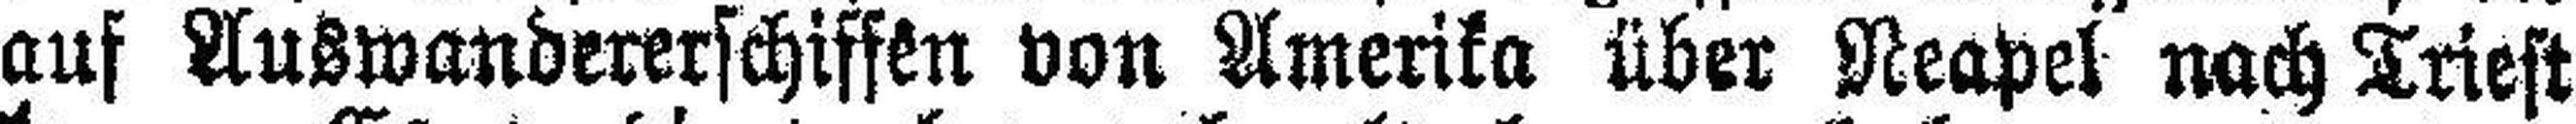
auf Auswandererschiffen von Amerika über Neapel nach Triest